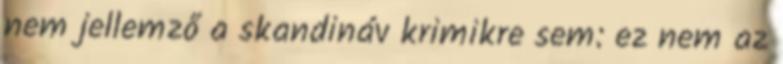
nem jellemző a skandináv krimikre sem: ez nem az